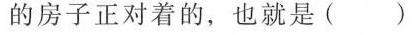
的房子正对着的，也就是( )